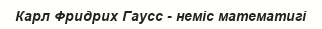
Карл Фридрих Гаусс - неміс математигі